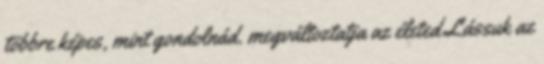
többre képes, mint gondolnád. megváltoztatja az életed Lássuk az